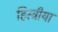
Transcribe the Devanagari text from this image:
हिस्ट्रीया